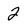
Character: 2